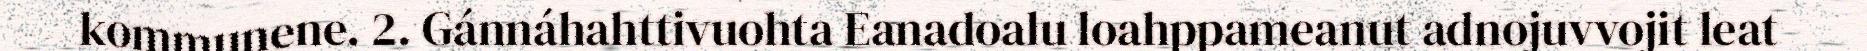
kommunene. 2. Gánnáhahttivuohta Eanadoalu loahppameanut adnojuvvojit leat